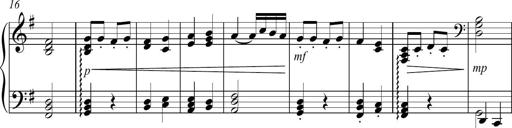
Title: Sonatina no. 2
Composer: Brian Henderson-Sellers
Key: G major